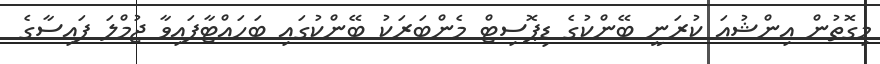
މިގޮތުން އިންޝުއަ ކުރަނީ ބޭންކުގެ ޑިޕޮސިޓް މެންބަރަކު ބޭންކުގައި ބަހައްޓާފައިވާ ޖުމްލަ ފައިސާގެ